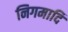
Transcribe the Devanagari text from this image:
निगमादि